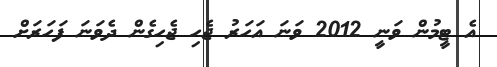
އެ ޓީމުން ވަނީ 2012 ވަނަ އަހަރު ޖެހި ޖެހިގެން ދެވަނަ ފަހަރަށް